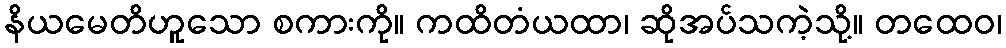
နိယမေတိဟူသော စကားကို။ ကထိတံယထာ၊ ဆိုအပ်သကဲ့သို့။ တထေဝ၊